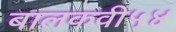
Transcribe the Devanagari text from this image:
बालकवी५४